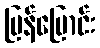
ပြန်ပြောင်း